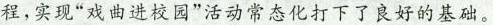
程，实现“戏曲进校园”活动常态化打下了良好的基础。